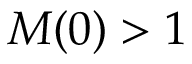
{ \cal M } ( 0 ) > 1